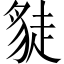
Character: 𧼌